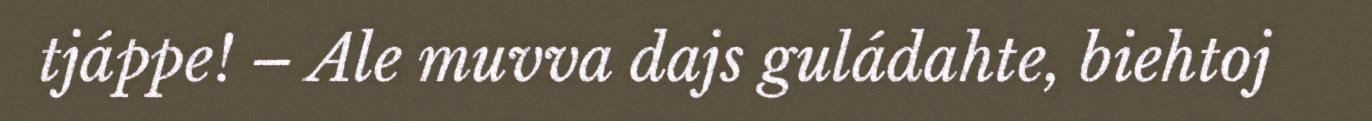
tjáppe! – Ale muvva dajs guládahte, biehtoj